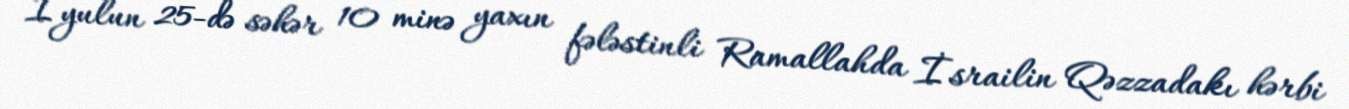
İyulun 25-də səhər 10 minə yaxın fələstinli Ramallahda İsrailin Qəzzadakı hərbi